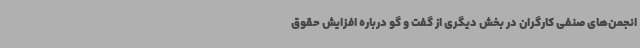
انجمن‌های صنفی کارگران در بخش دیگری از گفت و گو درباره افزایش حقوق